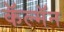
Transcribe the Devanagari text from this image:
कॅल्मॅन